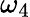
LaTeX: \omega_{4}